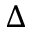
\Delta